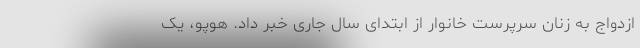
ازدواج به زنان سرپرست خانوار از ابتدای سال جاری خبر داد. هوپو، یک